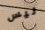
ليس